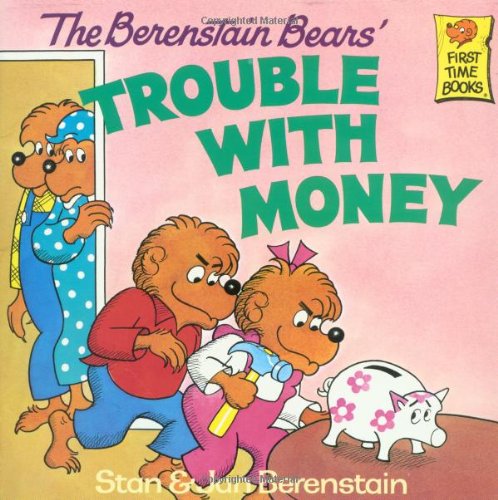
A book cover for The Berenstain Bears' Trouble with Money; Stan Berenstain; Children's Books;